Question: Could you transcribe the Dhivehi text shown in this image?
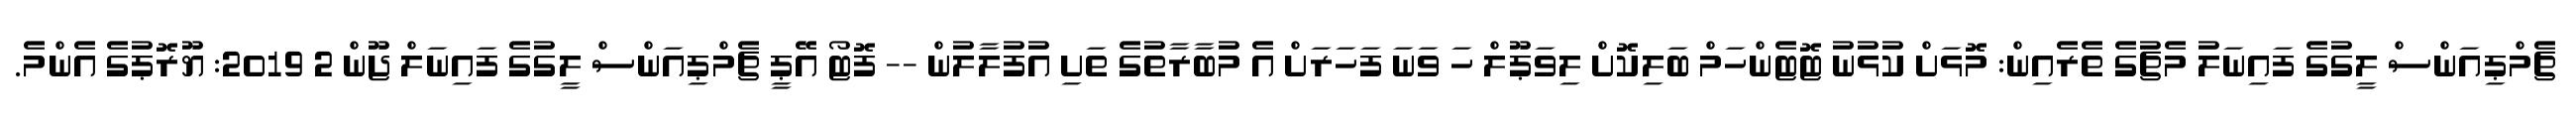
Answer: ޗެމްޕިއަންސް ލީގުގެ ފައިނަލު މެޗުގެ ތެރެއިން: މޮޅަށް ކުޅުނު ޓޮޓެންހަމް ބަލިކޮށް ލިވަޕޫލް ހަ ވަނަ ފަހަރަށް އެ މުބާރާތުގެ ތަށި އުފުލާލުން -- ފޮޓޯ އޭޕީ ޗެމްޕިއަންސް ލީގުގެ ފައިނަލް ޖޫން 2 2019: ޔޫރޮޕުގެ އެންމެ.